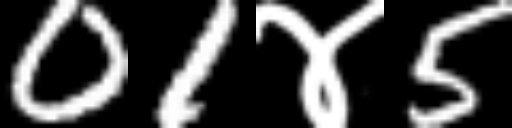
Text: 01४5